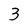
Character: 3